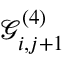
\mathcal { G } _ { i , j + 1 } ^ { ( 4 ) }